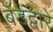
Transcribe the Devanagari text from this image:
बँडद्वारे